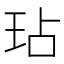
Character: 玷